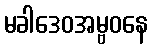
မခါဒေဝအမ္ဗဝနေ